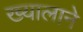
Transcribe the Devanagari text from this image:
ख्यालाने